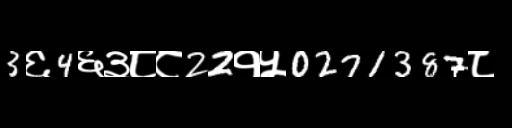
Text: 3६4६३८८22१५0271387८